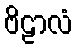
ဗိဠာလံ